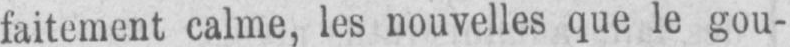
faitement calme, les nouvelles que le gou-